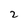
Character: 2